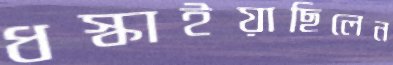
ধস্‌কাইয়াছিলেন